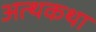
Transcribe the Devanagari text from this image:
अत्थकथा